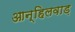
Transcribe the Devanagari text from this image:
आन्हिलवाड़